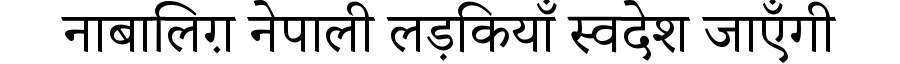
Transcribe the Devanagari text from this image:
नाबालिग़ नेपाली लड़कियाँ स्वदेश जाएँगी